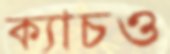
ক্যাচও